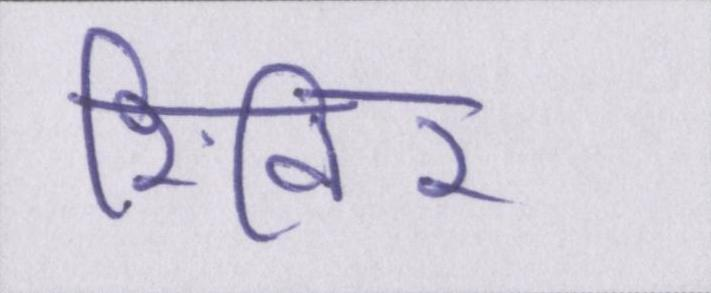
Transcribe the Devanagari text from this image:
शिविर